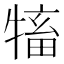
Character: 𤛅